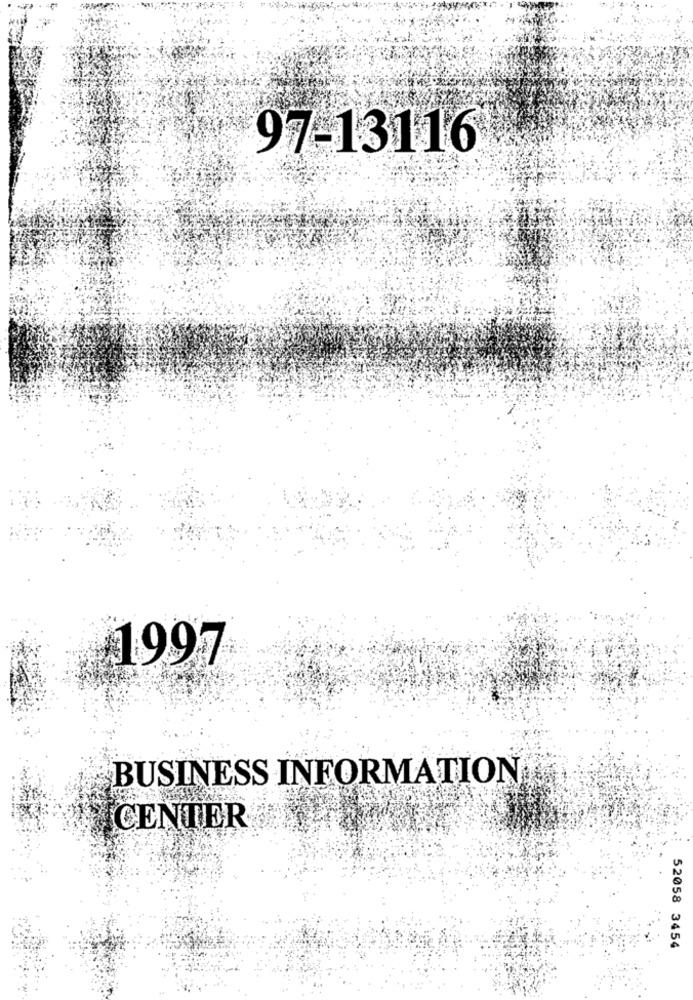
97-13116
1997
BUSINESS INFORMATION
CENTER
52058 3454